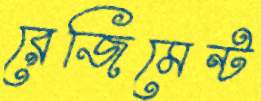
রেজিমেন্ট